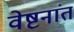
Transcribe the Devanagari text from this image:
वेष्टनांत